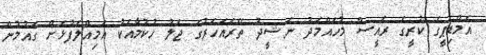
އެމްޑިޕީގެ ކުރީގެ ރައީސް މުހައްމަދު ނަޝީދު ތޭރައަހަރުގެ ޖަލު ހުކުމާއެކު އަމިއްލަފުޅަށް ގައުމުން